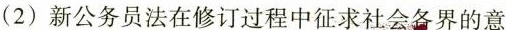
（2）新公务员法在修订过程中征求社会各界的意